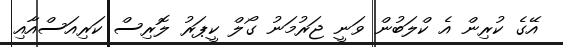
އޭގެ ކުރިން އެ ކްލަބުން ވަނީ ޖަރުމަނު ގޯލް ކީޕަރު ލޮރިސް ކަރިއަސްއާއި